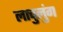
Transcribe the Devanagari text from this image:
लाचुलुंग